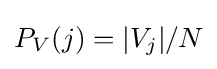
P_{V}(j)={|V_{j}|}/{N}